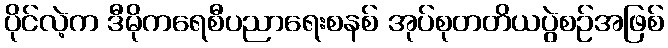
ပိုင်လဲ့က ဒီမိုကရေစီပညာရေးစနစ် အုပ်စုတတိယပွဲစဉ်အဖြစ်